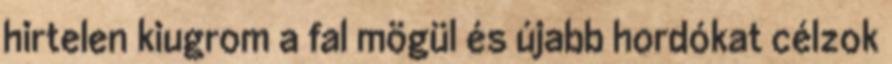
hirtelen kiugrom a fal mögül és újabb hordókat célzok